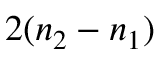
2 ( n _ { 2 } - n _ { 1 } )